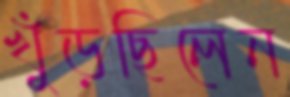
খুঁড়ছিলেন